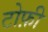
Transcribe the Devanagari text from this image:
टोफ़ी